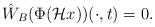
LaTeX: \begin{align*} \hat{W}_B (\Phi({\cal H}x))(\cdot,t) =0.\end{align*}